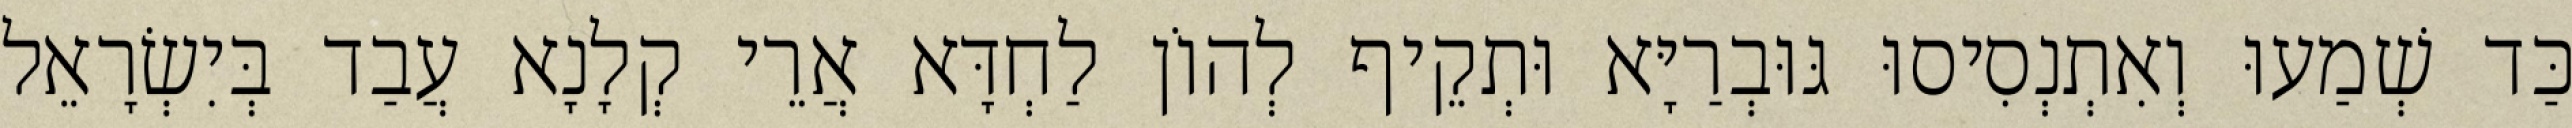
כַּד שְׁמַעוּ וְאִתְנְסִיסוּ גּוּבְרַיָּא וּתְקֵיף לְהוֹן לַחְדָּא אֲרֵי קְלָנָא עֲבַד בְּיִשְׂרָאֵל